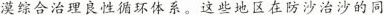
漠综合治理良性循环体系。这些地区在防沙治沙的同